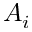
A _ { i }